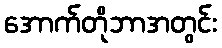
အောက်တိုဘာအတွင်း